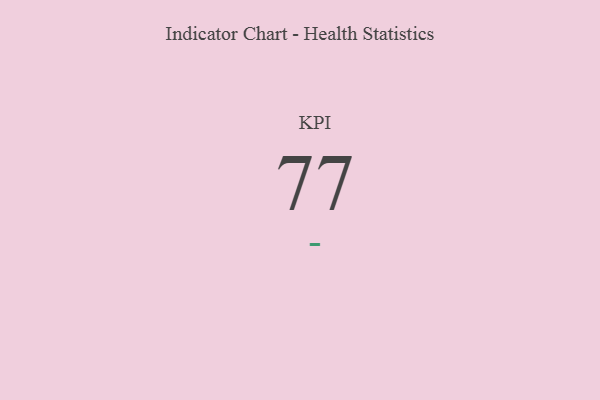
{"axis": {"x": "KPI", "y": "Value"}, "legend": [""], "data": [{"x": "KPI", "y": 77, "type": ""}]}